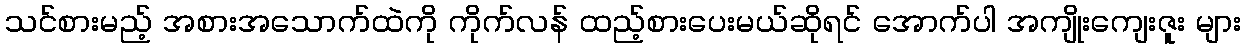
သင်စားမည့် အစားအသောက်ထဲကို ကိုက်လန် ထည့်စားပေးမယ်ဆိုရင် အောက်ပါ အကျိုးကျေးဇူး များ